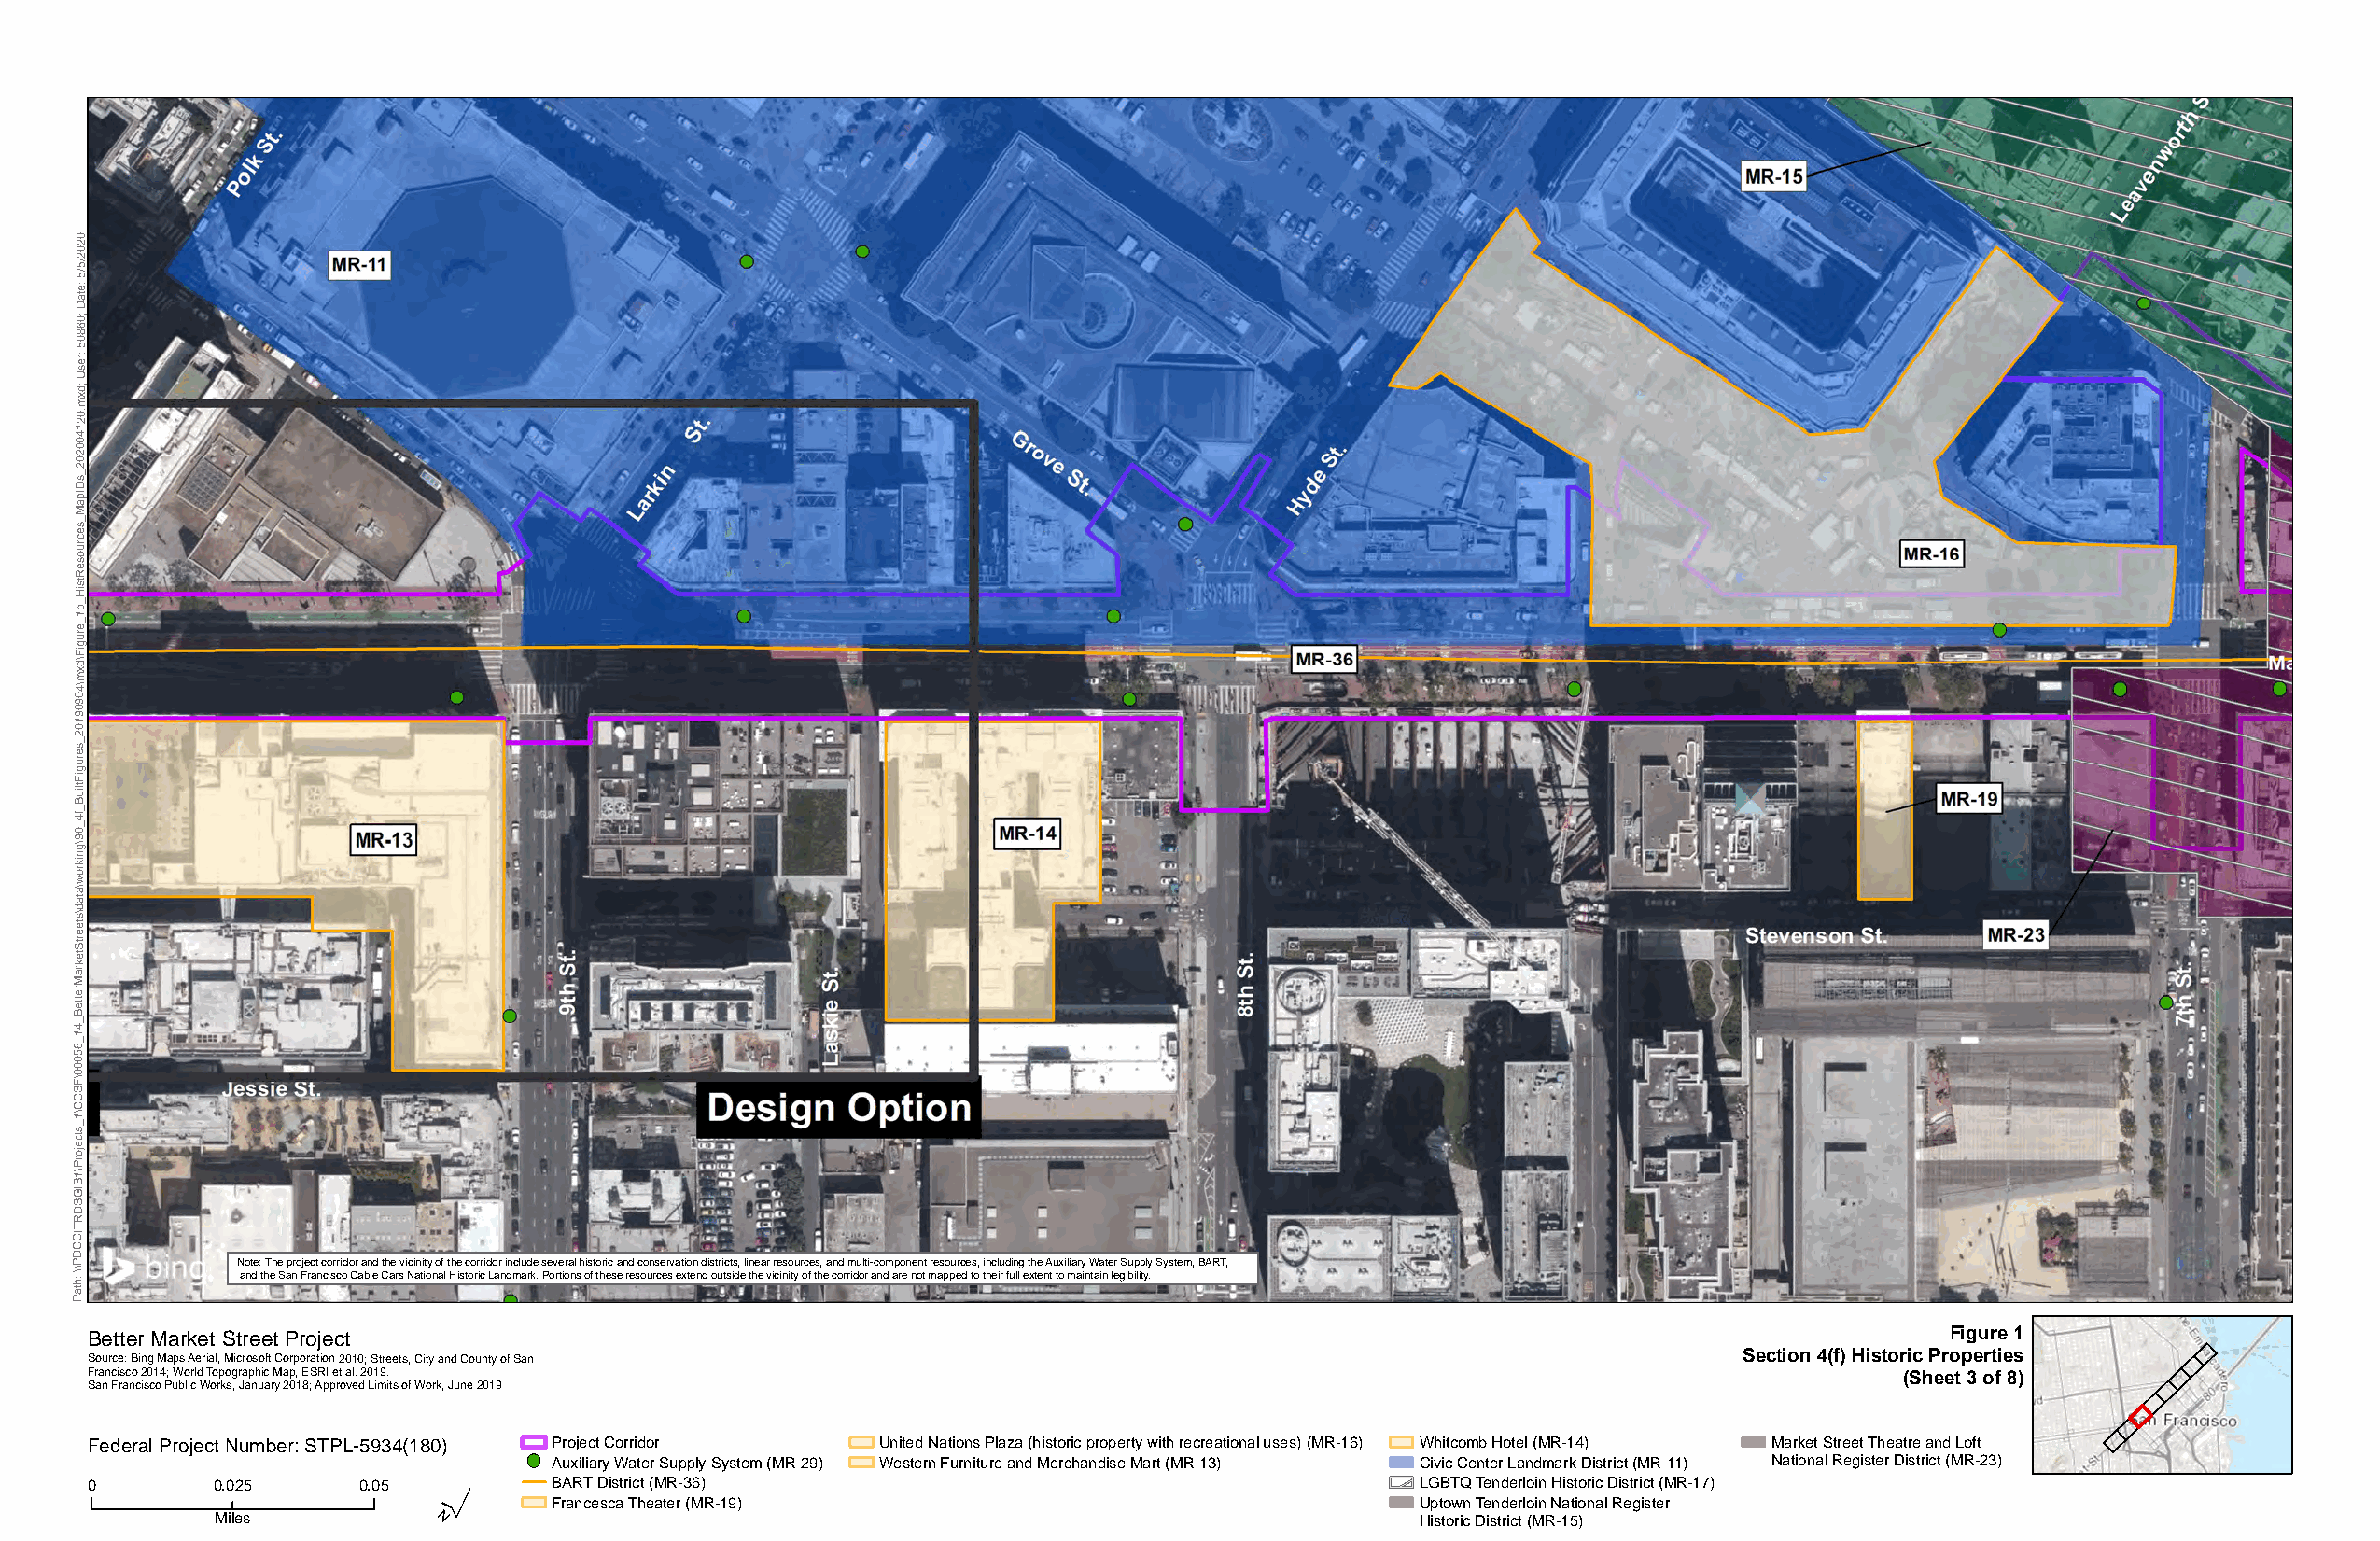
0
 2
 0
 2
 5/
 5/
 e:
 at
 D
 0;
 6
 8
 0
 5
 er:
 Us
 d;
 x
 m
 0.
 2
 1
 4
 0
 0
 2
 0
 2
 _
 Ds
 pI
 a
 M
 _
 s
 e
 c
 ur
 o
 s
 e
 R
 st
 Hi
 _
 b
 1
 _
 e
 ur
 g
 Fi
 d\
 x
 m
 4\
 0
 9
 0
 9
 1
 0
 2
 _
 s
 e
 ur
 g
 Fi
 uilt
 B
 _
 4f
 _
 0
 9
 g\
 n
 ki
 or
 w
 a\
 at
 d
 s\
 et
 e
 Str
 et
 k
 ar
 M
 er
 ett
 B
 _
 4
 1
 _
 6
 5
 0
 0
 0
 F\
 S
 C
 C
 1\
 _
 s
 ct
 e
 oj
 Pr
 1\
 S
 GI
 S
 D
 R
 T
 CI
 C
 D
 P           Note: The project corridor and the vicinity of the corridor include several historic and conservation districts, linear resources, and multi-component resources, including the Auxiliary Water Supply System, BART,
 h: \\       and the San Francisco Cable Cars National Historic Landmark. Portions of these resources extend outside the vicinity of the corridor and are not mapped to their full extent to maintain legibility.
 at
 P
 Better Market Street Project                                                                                                        Figure 1
 Source: Bing Maps Aerial, Microsoft Corporation 2010; Streets, City and County of San                                 Section 4(f) Historic Properties
 Francisco 2014; World Topographic Map, ESRI et al. 2019.                                                                         (Sheet 3 of 8)
 San Francisco Public Works, January 2018; Approved Limits of Work, June 2019
 Federal Project Number: STPL-5934(180) Project Corridor United Nations Plaza (historic property with recreational uses) (MR-16) Whitcomb Hotel (MR-14) Market Street Theatre and Loft
 Auxiliary Water Supply System (MR-29) Western Furniture and Merchandise Mart (MR-13) Civic Center Landmark District (MR-11) National Register District (MR-23)
 0        0.025     0.05 ´        BART District (MR-36)                                         LGBTQ Tenderloin Historic District (MR-17)
 Francesca Theater (MR-19)                                     Uptown Tenderloin National Register
 Miles                                                                                 Historic District (MR-15)